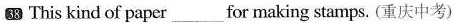
38 This kind of paper ___ for making stamps. (重庆中考)